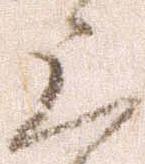
上